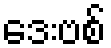
ဒေးဗစ်